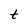
Character: t